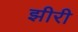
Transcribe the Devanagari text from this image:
झीरी